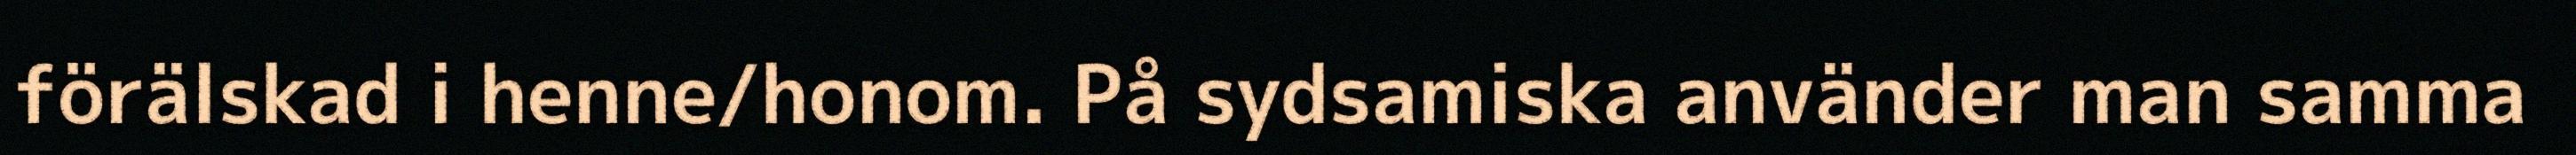
förälskad i henne/honom. På sydsamiska använder man samma